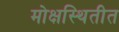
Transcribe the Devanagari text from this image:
मोक्षस्थितीत